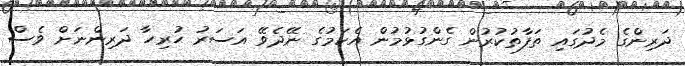
ދަރިންގެ މެދުގައި ތަފާތުކުރުން ގެންގުޅުމުން އެކަމުގެ ނޭދެވޭ އަސަރު ހުރިހާ ދަރިންނަށް ވެސް